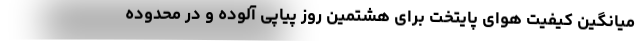
میانگین کیفیت هوای پایتخت برای هشتمین روز پیاپی آلوده و در محدوده